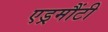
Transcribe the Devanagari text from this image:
एड्रमौंटी